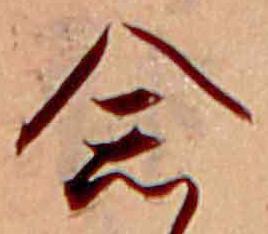
念